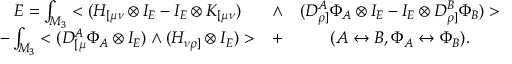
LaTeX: \begin{array} { c c c } { { { \cal E } = \int _ { M _ { 3 } } < ( H _ { [ \mu \nu } \otimes I _ { E } - I _ { E } \otimes K _ { [ \mu \nu } ) } } & { { \wedge } } & { { ( D _ { \rho ] } ^ { A } \Phi _ { A } \otimes I _ { E } - I _ { E } \otimes D _ { \rho ] } ^ { B } \Phi _ { B } ) > } } \\ { { - \int _ { M _ { 3 } } < ( D _ { [ \mu } ^ { A } \Phi _ { A } \otimes I _ { E } ) \wedge ( H _ { \nu \rho ] } \otimes I _ { E } ) > } } & { { + } } & { { ( A \leftrightarrow B , \Phi _ { A } \leftrightarrow \Phi _ { B } ) . } } \end{array}